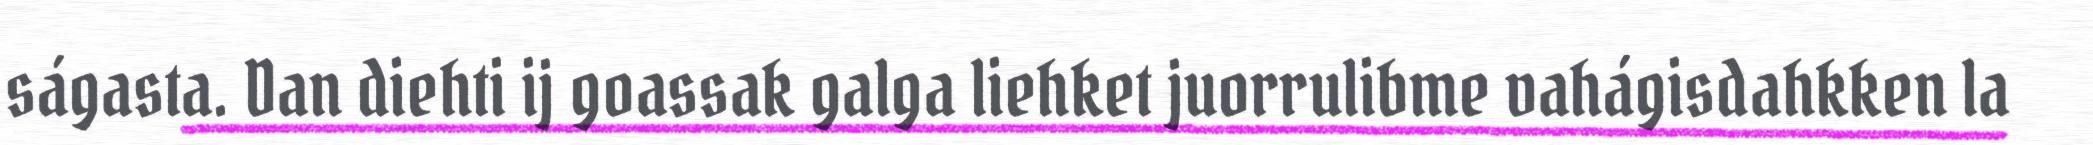
ságasta. Dan diehti ij goassak galga liehket juorrulibme vahágisdahkken la